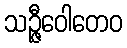
သဉ္ဇီဝေါတေဝ